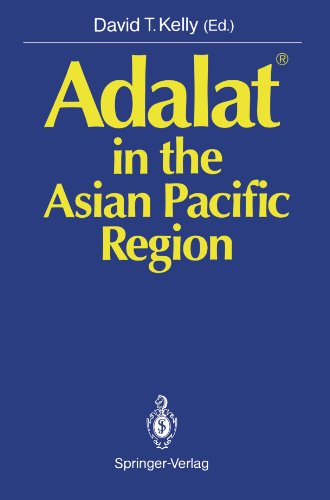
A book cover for AdalatÂ® in the Asian Pacific Region; Medical Books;